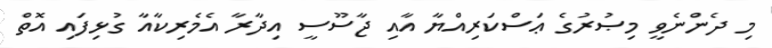
މި ދެންނެވީ މިޞުރުގެ ޢަސްކަރިއްޔާ އާއި ޖާސޫސީ އިދާރާ އެމެރިކާއާ ގުޅިފައި އޮތް